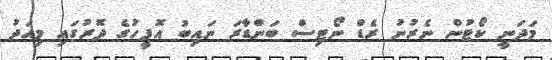
މަދަނީ ކޯޓުން ނެރުނު ރެޑް ނޯޓިސް ބަންޑާރަ ނައިބު އޮފީހުގެ ދޮރުގައި މިއަދު